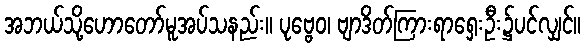
အဘယ်သို့ဟောတော်မူအပ်သနည်း။ ပုဗ္ဗေဝ၊ ဗျာဒိတ်ကြားရာရှေးဦး၌ပင်လျှင်။